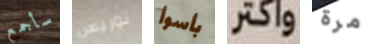
سأجمع توريس بأسوأ واكتر مرة